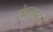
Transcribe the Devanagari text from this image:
संशयपदं।